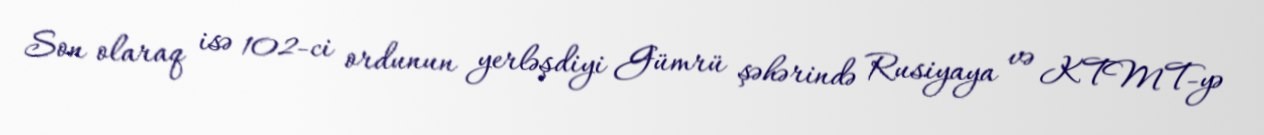
Son olaraq isə 102-ci ordunun yerləşdiyi Gümrü şəhərində Rusiyaya və KTMT-yə